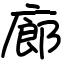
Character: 廊